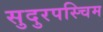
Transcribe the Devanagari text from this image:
सुदुरपस्चिम